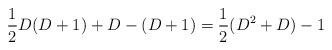
LaTeX: \begin{align*}\frac 1 2 D(D+1) + D - (D+1) = \frac 1 2 (D^2 + D) - 1\end{align*}